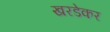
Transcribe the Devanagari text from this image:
खरडेकर